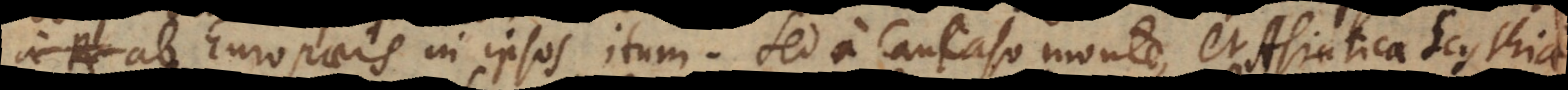
ab Europaeis in ipsos itum. Sed a Caucaso monte, et Asiatica Scythia